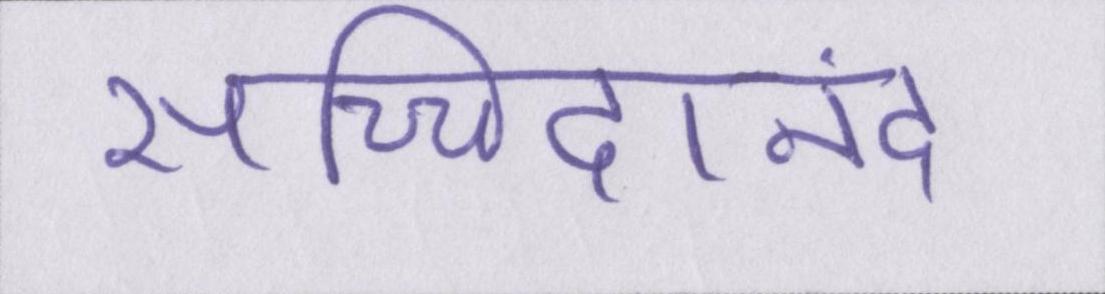
सच्चिदानंद